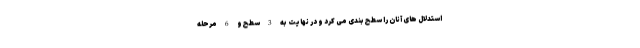
استدلال های آنان را سطح بندی می کرد و در نهایت به 3 سطح و 6 مرحله